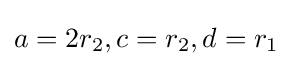
a=2r_{2},c=r_{2},d=r_{1}\,\!